Eesti_Vabariigi_Tartu_Ulikool, lk 18
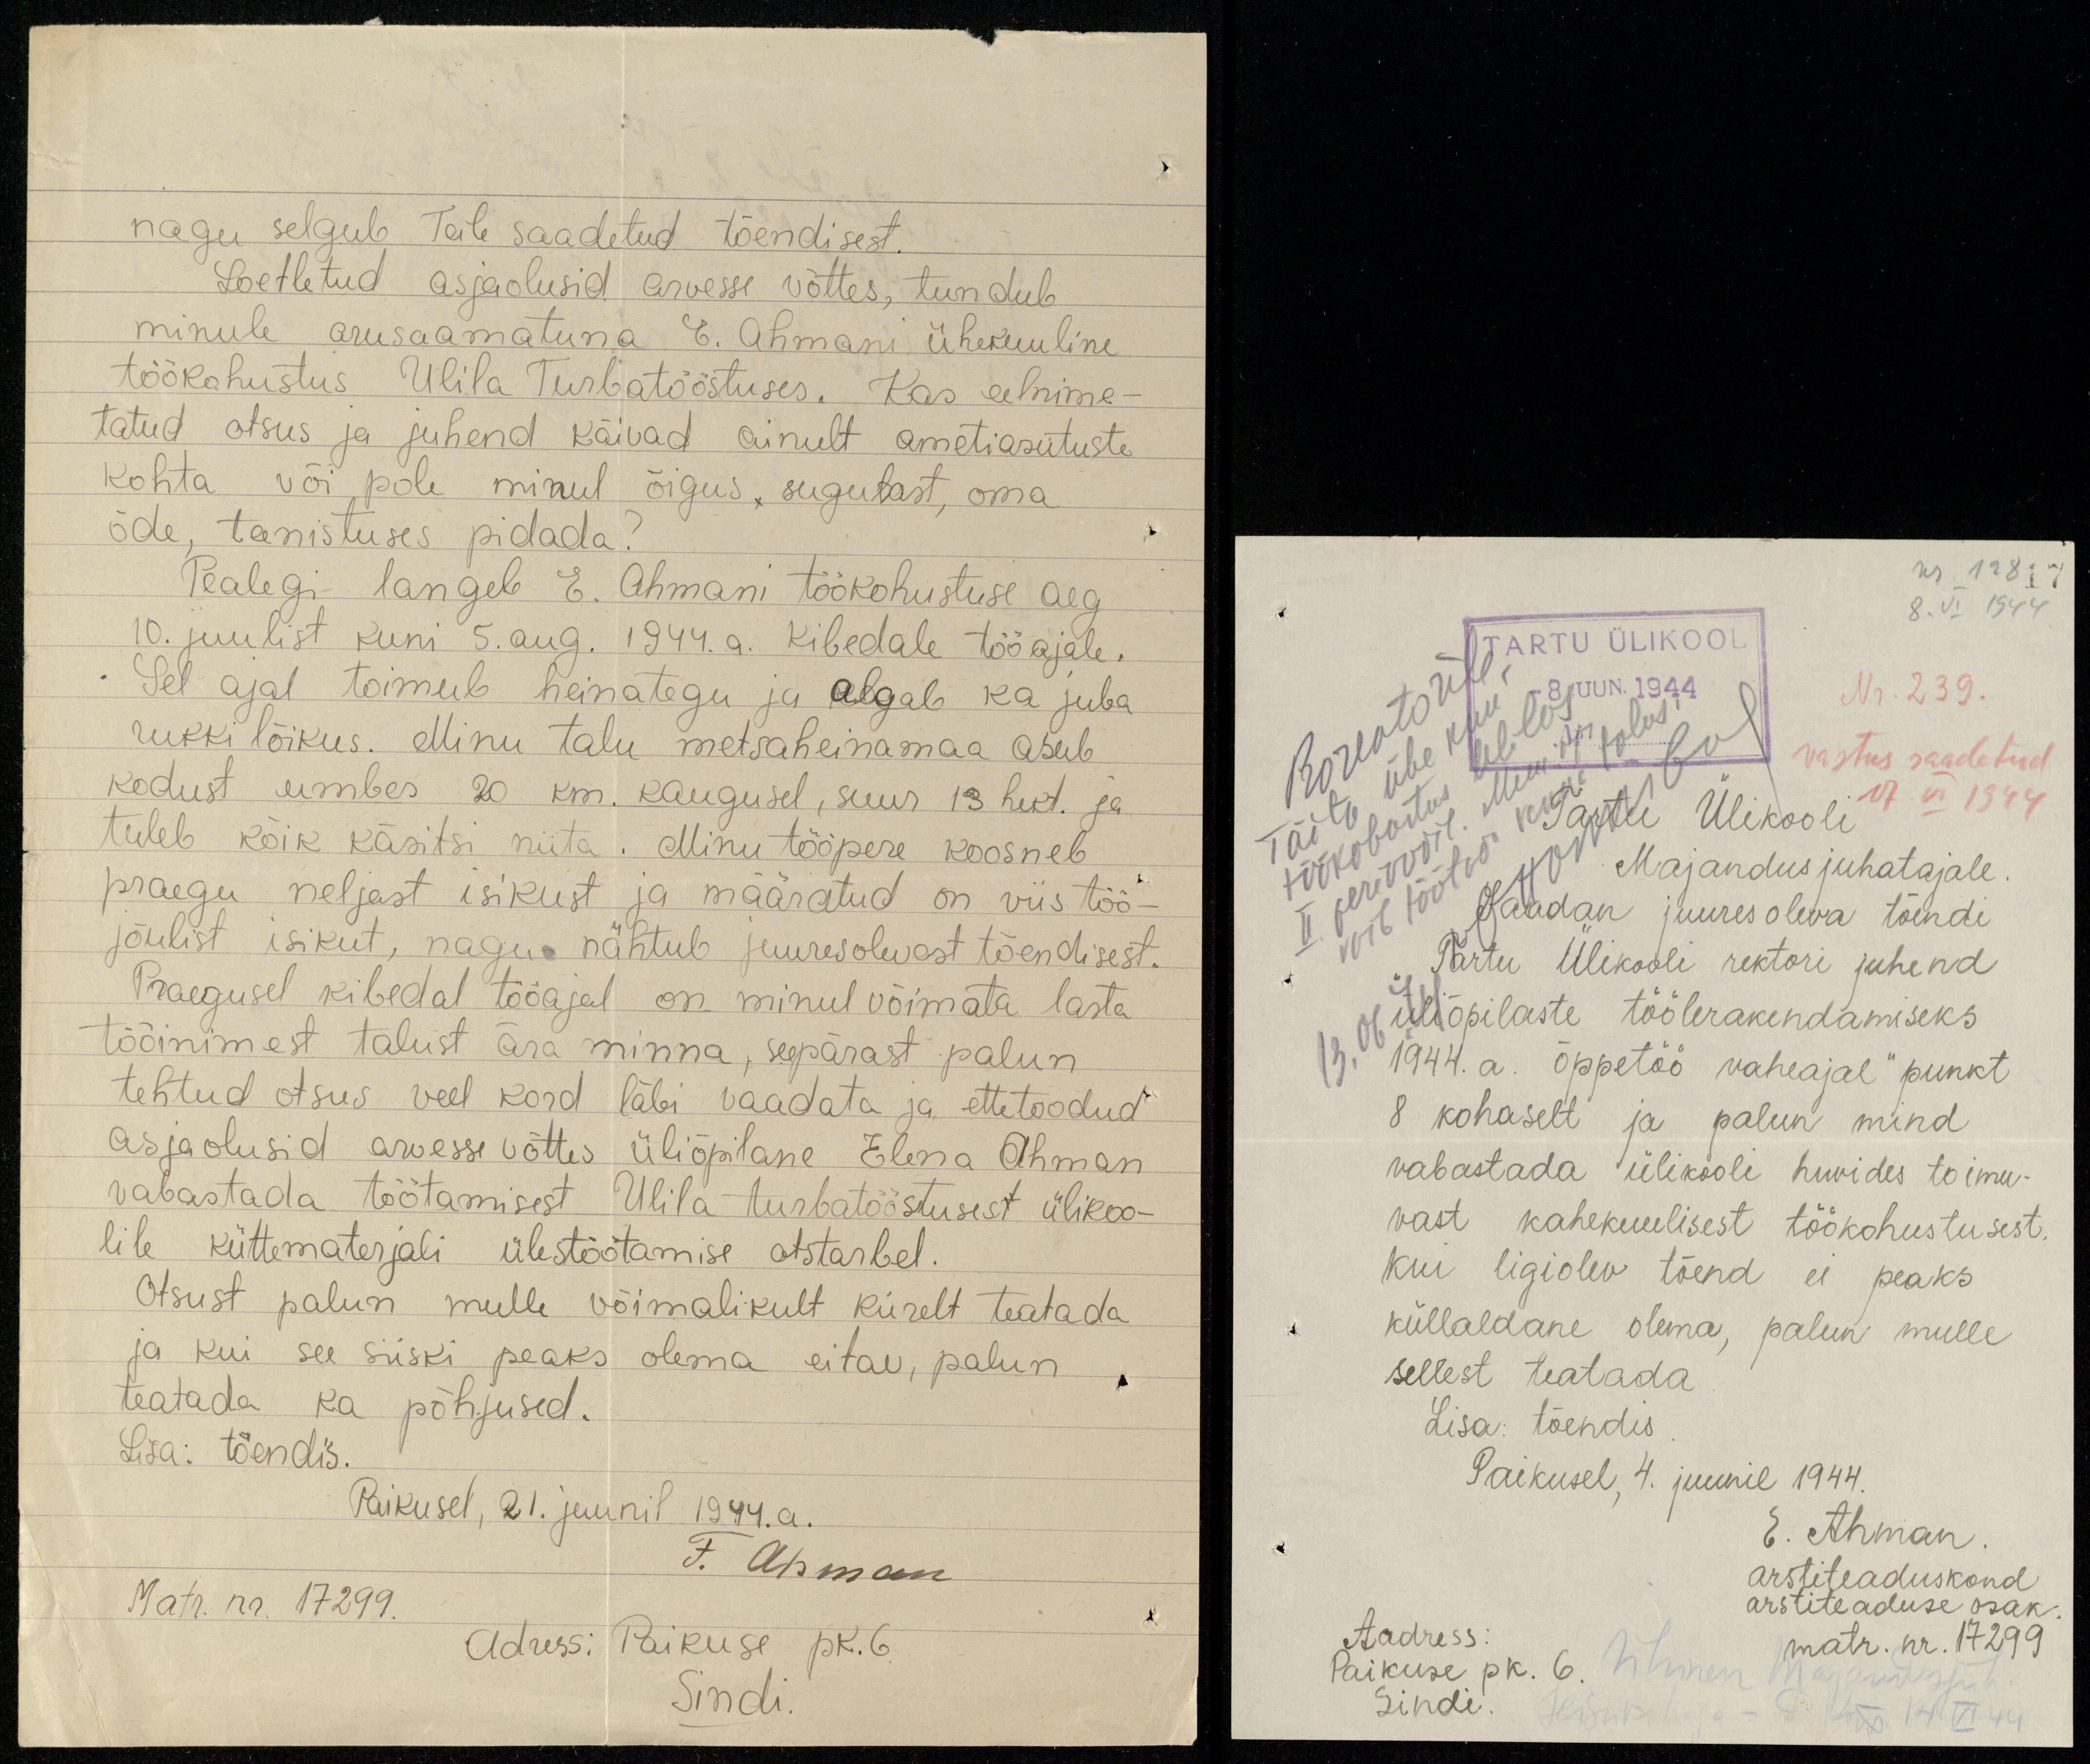
nagu selgub Teile saadetud tõendisest.
Loetletud asjaolusid arvesse võttes, tundub
minule arusaamatuna E. Ahmani ühekuuline
töökohustus Ulila Turbatööstuses. Kas eelnime-
tatud otsus ja juhend käivad ainult ametiasutuste
kohta või pole minul õigus, sugulast, oma
õde, teenistuses pidada?
Pealegi langeb E. Ahmani töökohustuse aeg
10. juulist kuni 5. aug. 1944. a. kibedale tööajale.
Sel ajal toimub heinategu ja algab ka juba
rukki lõikus. Minu talu metsaheinamaa asub
kodust umbes 20 km. kaugusel, suur 13 hekt. ja
tuleb kõik käsitsi niita. Minu tööpere koosneb
praegu neljast isikust ja määratud on viis töö-
jõulist isikut, nagu nähtub juuresolevast tõendisest.
Praegusel kibedal tööajal on minul võimata lasta
tööinimest talust ära minna, seepärast palun
tehtud otsus veel kord läbi vaadata ja ettetoodud
asjaolusid arvesse võttes üliõpilane Elena Ahman
vabastada töötamisest Ulila turbatööstuses ülikoo-
lile küttematerjali ülestöötamise otstarbel.
Otsust palun mulle võimalikult kiirelt teatada
ja kui see siiski peaks olema eitav, palun
teatada ka põhjused.
Lisa: tõendis.
Paikusel, 21. juunil 1944.a.
F. Ahman
Matr. nr. 17299.
Adress: Paikuse pk.6
Sindi.

nr. 12817
8. VI 1944
TARTU ÜLIKOOL
8 JUUN.1944
Nr. 239.
vastus saadetud
17. VI 1944
Tartu Ülikooli
Majandusjuhatajale.
Saadan juures oleva tõendi
Tartu Ülikooli rektori juhend
"üliõpilaste töölerakendamiseks
1944. a. õppetöö vaheajal" punkt
8 kohaselt ja palun mind
vabastada ülikooli huvides toimu-
vast kahekuulisest töökohustusest.
Kui ligiolev tõend ei peaks
küllaldane olema, palun mulle
sellest teatada
Lisa: tõendis
Paikusel, 4. juunil 1944.
E. Ahman.
arstiteaduskond
arstiteaduse osak
matr. nr. 17299
Aadress:
Paikuse pk. 6.
Sindi